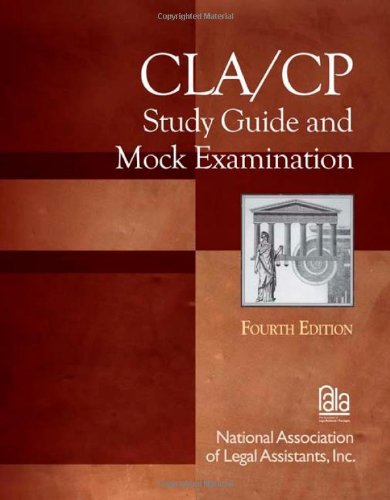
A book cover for CLA/CP Study Guide and Mock Examination (Test Preparation); NALA; Law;